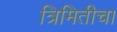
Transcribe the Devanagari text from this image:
त्रिमितीचा